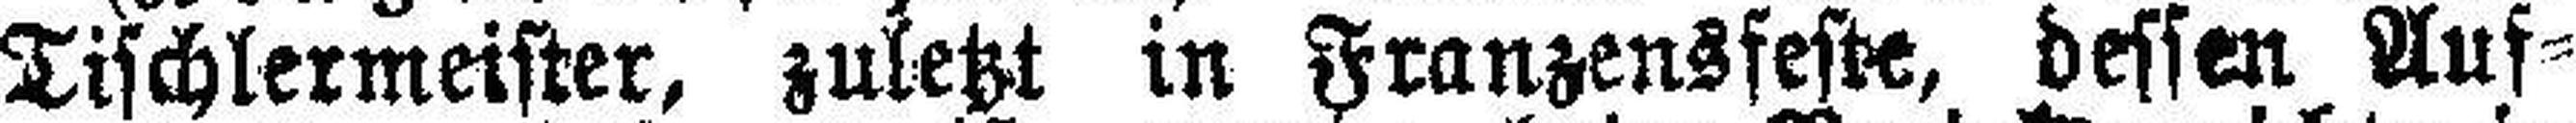
Tischlermeister, zuletzt in Franzensfeste, dessen Auf¬